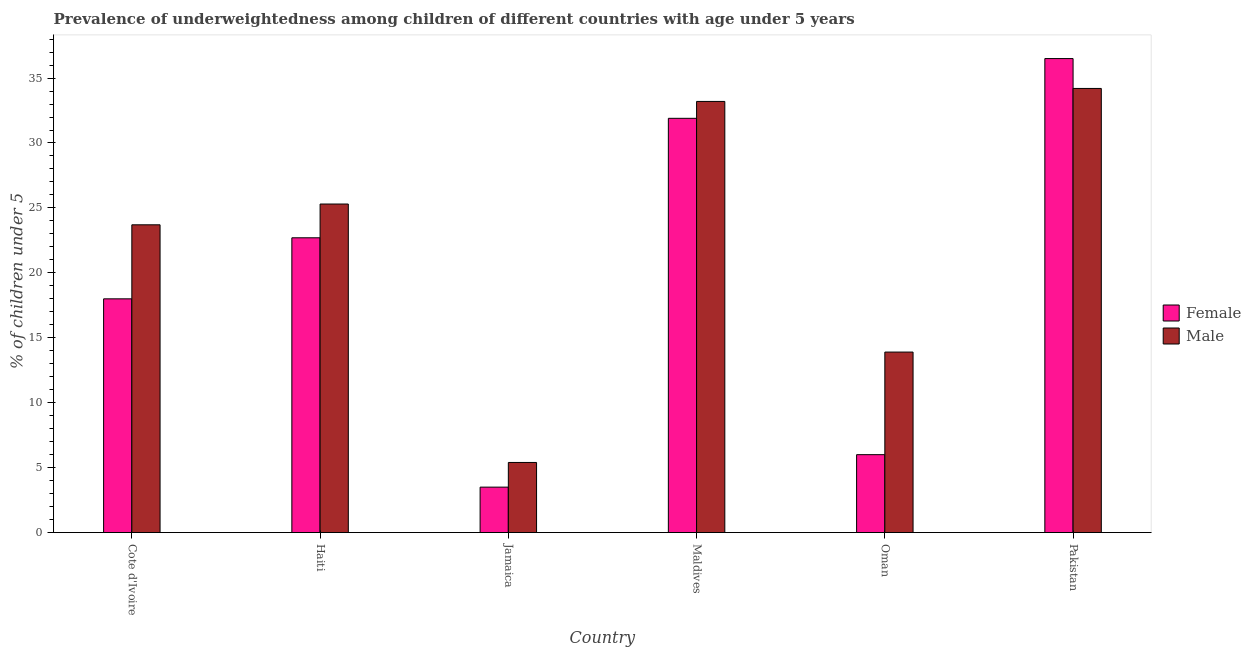
| Country | Female | Male |
 | --- | --- | --- |
 | Cote d'Ivoire | 18 | 23.7 |
 | Haiti | 22.7 | 25.3 |
 | Jamaica | 3.5 | 5.4 |
 | Maldives | 31.9 | 33.2 |
 | Oman | 6 | 13.9 |
 | Pakistan | 36.5 | 34.2 |